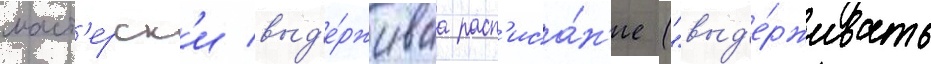
маст'ерск'и выд'е́рживаа расп'иса́н'ие ("выд'е́рживать